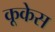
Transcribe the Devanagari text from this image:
कूकेस